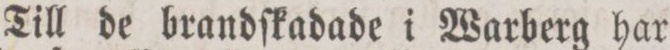
Till de brandſkadade i Warberg har